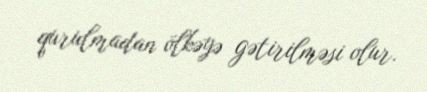
qurulmadan ölkəyə gətirilməsi olur.